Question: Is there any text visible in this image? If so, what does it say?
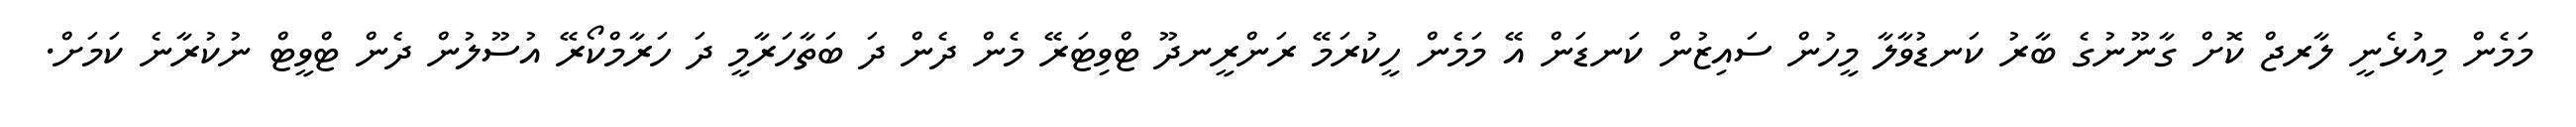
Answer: މަމެން މިއުޅެނީ ލާރޖް ކޮށް ގާނޫނުގެ ބާރު ކަނޑުވާލާ މީހުން ސައިޒުން ކަނޑަން އޭ މަމެން ހީކުރަމޭ ރަންރީނދޫ ޓްވިޓަރޭ މެން ދެން ދަ ބަތާހަރާމީ ދަ ހަރާމްކޯރޭ އުސޫލުން ދެން ޓްވީޓް ނުކުރާނެ ކަމަށް.